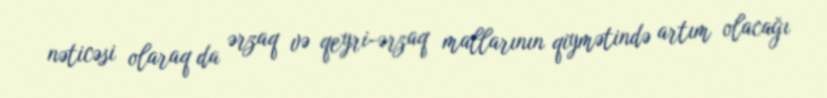
nəticəsi olaraq da ərzaq və qeyri-ərzaq mallarının qiymətində artım olacağı